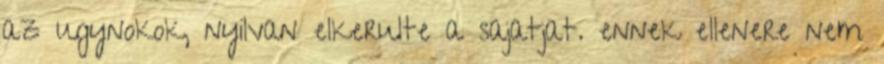
az ugynokok, nyilvan elkerulte a sajatjat. ennek ellenere nem